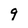
Character: 9